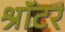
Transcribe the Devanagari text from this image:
श्रॉटर